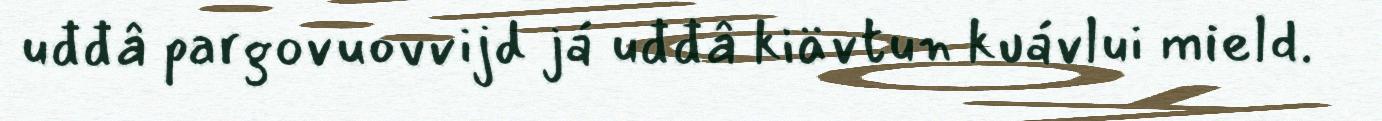
uđđâ pargovuovvijd já uđđâ kiävtun kuávlui mield.